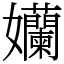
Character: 孏